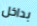
بداخل